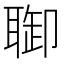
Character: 𦖐